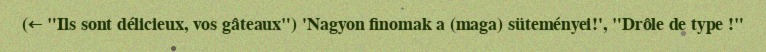
(← "Ils sont délicieux, vos gâteaux") 'Nagyon finomak a (maga) süteményei!', "Drôle de type !"